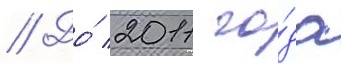
// До́ 2011 го́да